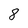
Character: 8